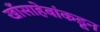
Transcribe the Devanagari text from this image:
खाँसाहेबांकडून